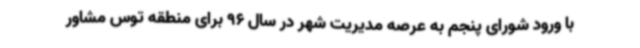
با ورود شورای پنجم به عرصه مدیریت شهر در سال 96 برای منطقه توس مشاور